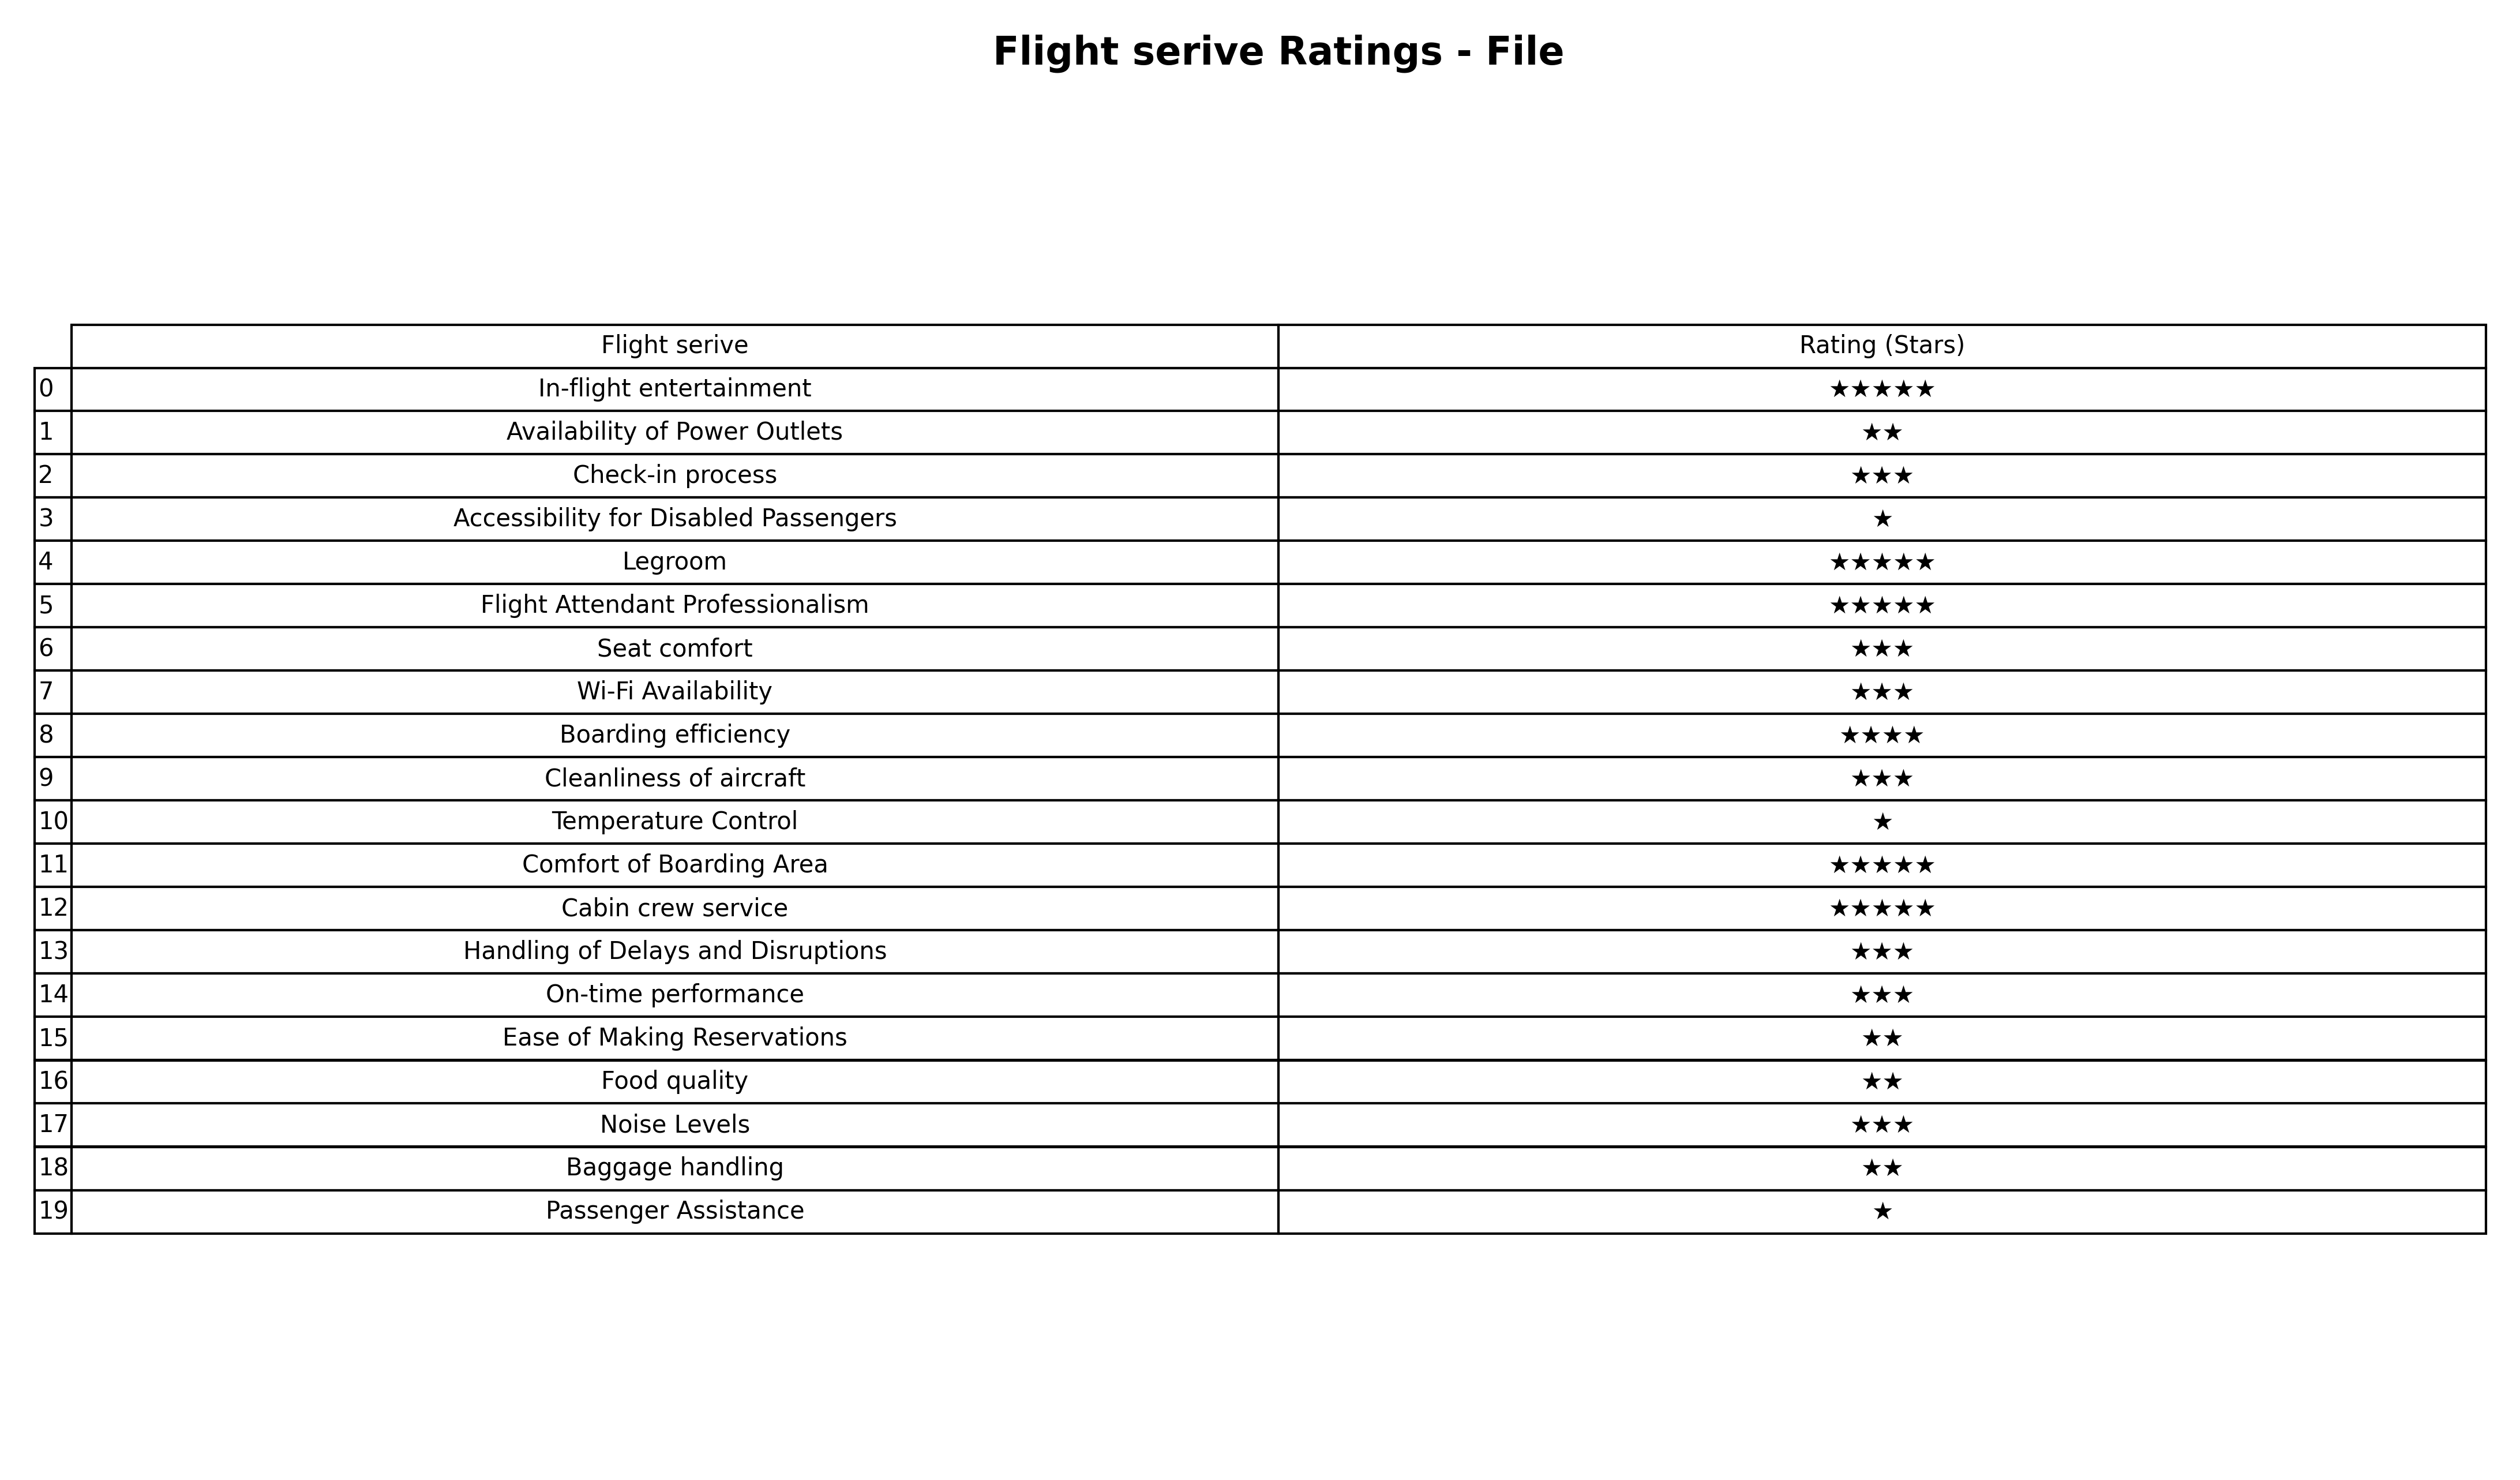
question: What is the rating of Food quality?
answer: ★★